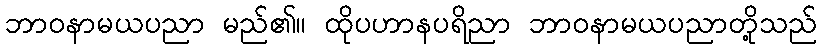
ဘာဝနာမယပညာ မည်၏။ ထိုပဟာနပရိညာ ဘာဝနာမယပညာတို့သည်